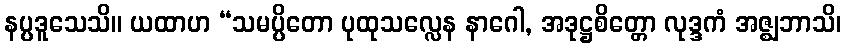
နပ္ပဒူသေသိ။ ယထာဟ “သမပ္ပိတော ပုထုသလ္လေန နာဂေါ, အဒုဋ္ဌစိတ္တော လုဒ္ဒကံ အဇ္ဈဘာသိ၊